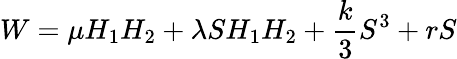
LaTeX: W=\mu H_{1}H_{2}+\lambda SH_{1}H_{2}+\frac{k}{3}S^{3}+rS